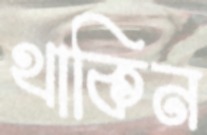
থাকিন